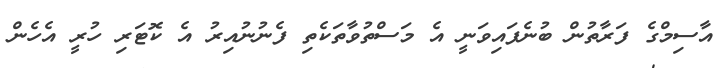
އާސިމްގެ ފަރާތުން ބުނެފައިވަނީ އެ މަސްތުވާތަކެތި ފެނުނުއިރު އެ ކޮޓަރި ހުރީ އެހެން